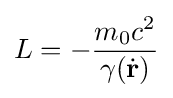
L=-{\frac {m_{0}c^{2}}{\gamma ({\dot {\mathbf {r} }})}}